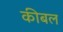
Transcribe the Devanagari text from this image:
कीबल